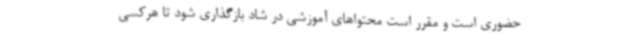
حضوری است و مقرر است محتواهای آموزشی در شاد بازگذاری شود تا هرکسی